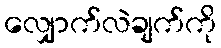
လျှောက်လဲချက်ကို